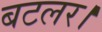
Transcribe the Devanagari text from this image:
बटलर।